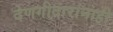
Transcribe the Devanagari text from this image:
देणगीदारांनाही